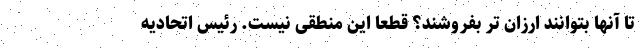
تا آنها بتوانند ارزان تر بفروشند؟ قطعا این منطقی نیست. رئيس اتحاديه